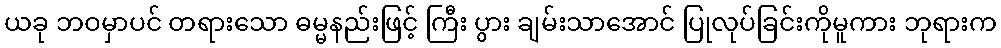
ယခု ဘဝမှာပင် တရားသော ဓမ္မနည်းဖြင့် ကြီး ပွား ချမ်းသာအောင် ပြုလုပ်ခြင်းကိုမူကား ဘုရားက